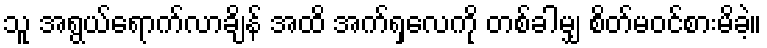
သူ အရွယ်ရောက်လာချိန် အထိ အက်ရှလေကို တစ်ခါမျှ စိတ်မဝင်စားမိခဲ့။